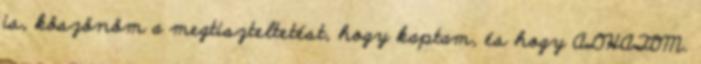
is, köszönöm a megtiszteltetést, hogy kaptam, és hogy ADHATOM.